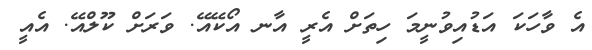
އެ ވާހަކަ އަޑުއިވުނީމަ ހިތަށް އެރީ އާނ އޯކޭއޭ. ވަރަށް ކޫލްއޭ. އެއީ